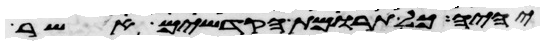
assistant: יהיה כל תרומת הקדשים אשר